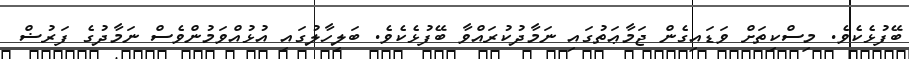
ބޭފުޅެކެވެ. މިސްކިތަށް ވަޑައިގެން ޖަމާޢަތުގައި ނަމާދުކުރައްވާ ބޭފުޅެކެވެ. ބަލިހާލުގައި އުޅުއްވަމުންވެސް ނަމާދުގެ ފަރުޟް